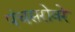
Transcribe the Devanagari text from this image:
पंचसरोवरे